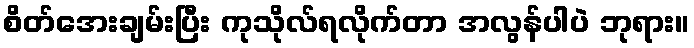
စိတ်အေးချမ်းပြီး ကုသိုလ်ရလိုက်တာ အလွန်ပါပဲ ဘုရား။